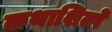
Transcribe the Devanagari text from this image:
कथाशिल्पे